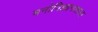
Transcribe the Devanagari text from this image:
मनोविज्ञानशाला